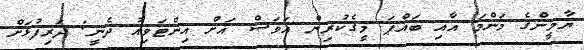
ޔާމީންގެ މަންމަ އާއި ބައްޕަ މީގެކުރިން އަވަސް އަށް އިންޓަވިއު ދެނީ: ދަރިފުޅަށް